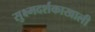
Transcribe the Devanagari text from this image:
सुक्ष्मदर्शकाखाली